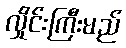
လှိုင်းကြီးမည်